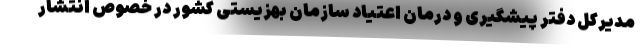
مدیرکل دفتر پیشگیری و درمان اعتیاد سازمان بهزیستی کشور در خصوص انتشار